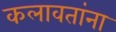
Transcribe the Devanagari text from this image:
कलावतांना